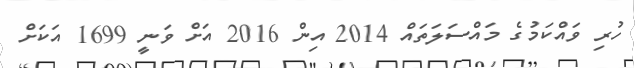
ހުރި ވައްކަމުގެ މައްސަލަތައް 2014 އިން 2016 އަށް ވަނީ 1699 އަކަށް